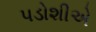
પડોશીએ